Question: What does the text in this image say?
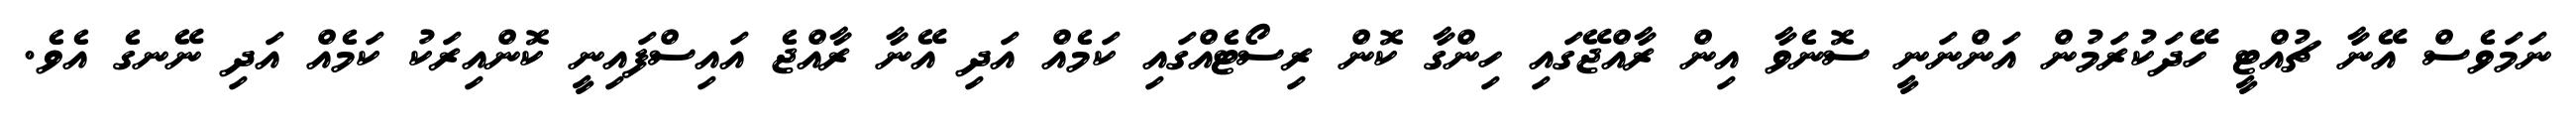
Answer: ނަމަވެސް އޭނާ ޗުއްޓީ ހޭދަކުރަމުން އަންނަނީ ސޮނެވާ އިން ރާއްޖޭގައި ހިންގާ ކޮން ރިސޯޓެއްގައި ކަމެއް އަދި އޭނާ ރާއްޖެ އައިސްފައިނީ ކޮންއިރަކު ކަމެއް އަދި ނޭނގެ އެވެ.